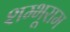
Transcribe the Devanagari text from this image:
शम्भूराम